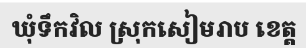
ឃុំទឹកវិល ស្រុកសៀមរាប ខេត្ត